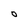
Character: O